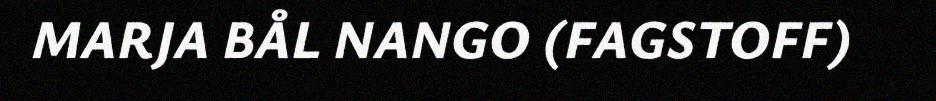
MARJA BÅL NANGO (FAGSTOFF)